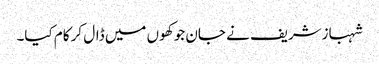
شہبازشریف نے جان جو کھوں میں ڈال کر کام کیا۔